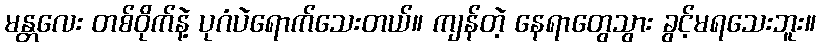
မန္တလေး တစ်ဝိုက်နဲ့ ပုဂံပဲရောက်သေးတယ်။ ကျန်တဲ့ နေရာတွေသွား ခွင့်မရသေးဘူး။